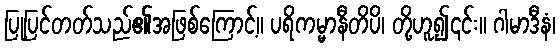
ပြုပြင်တတ်သည်၏အဖြစ်ကြောင့်။ ပရိကမ္မာနီတိပိ၊ တို့ဟူ၍၎င်း။ ဂါမာဒီနံ၊